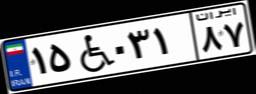
۱۷W۸۸۱۸۵